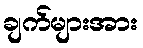
ချက်များအား